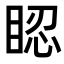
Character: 𥆾